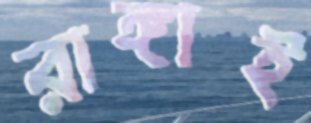
রাঙ্গাই